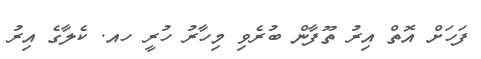
ފަހަށް އޮތް އިރު ތޫފާން ބުރެވި މިހާރު ހުރީ ހއ. ކެލާގެ އިރު